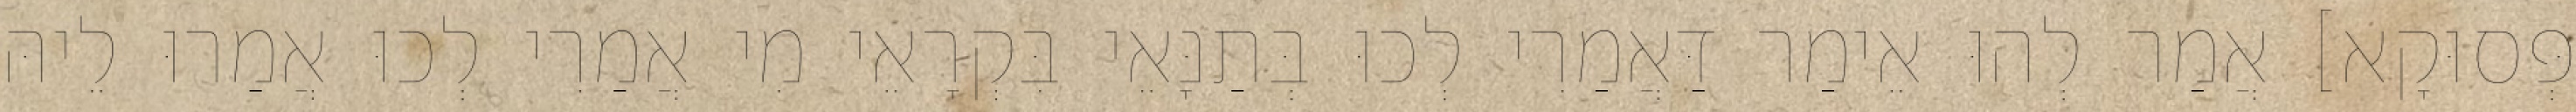
פְּסוּקָא] אֲמַר לְהוּ אֵימַר דַּאֲמַרִי לְכוּ בְּתַנָּאֵי בִּקְרָאֵי מִי אֲמַרִי לְכוּ אֲמַרוּ לֵיהּ